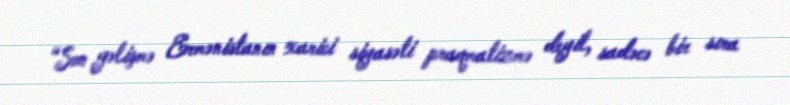
“Son gəlişmə Ermənistanın xarici siyasəti praqmatizmə deyil, sadəcə bir sıra